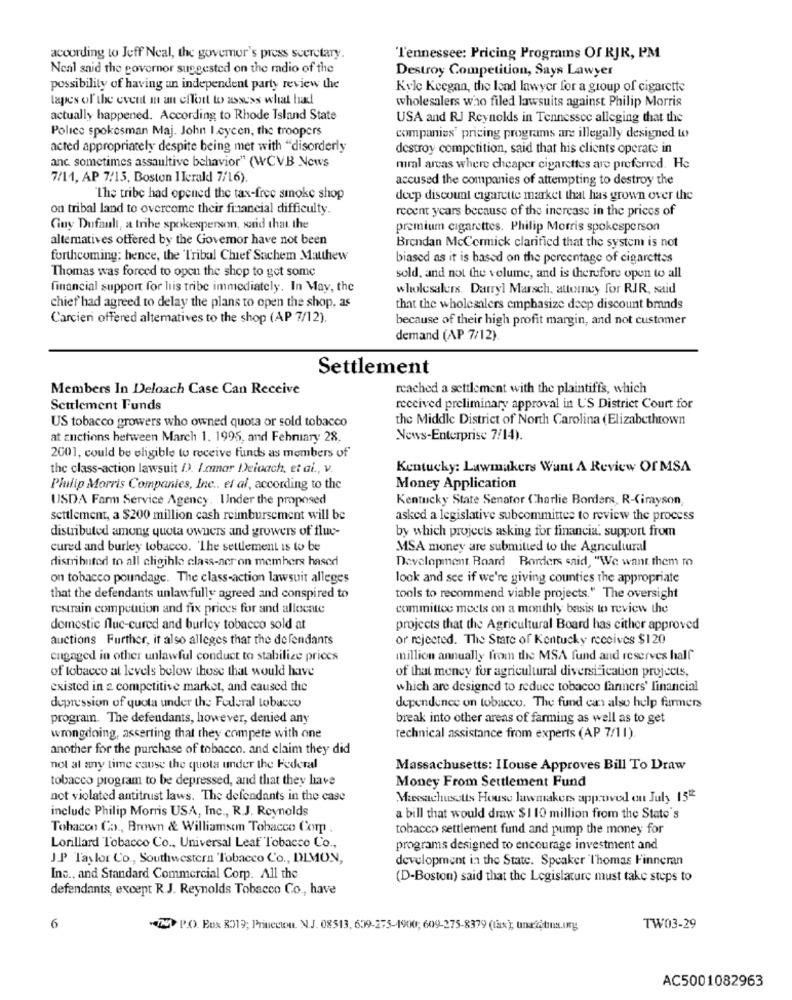
according to Jeff Neal, the governor's press secretary.
Tennessee: Pricing Programs Of RJR, PM
Neal said the governor suggested on the radio of the
Destroy Competition, Says Lawyer
possibility of having an independent party review the
Kyle Keegan, the lead lawyer for a group of cigarette
tapes of the event in an effort to assess what had
wholesalers who filed lawsuits against Philip Morris
actually happened. According to Rhode Island State
USA and RJ Reynolds in Tennessee alleging that the
Police spokesman Maj. John I.cycen, the troopers
companies' pricing programs are illegally designed to
acted appropriately despite being met with "disorderly
destroy competition, said that his clients operate in
anc. sometimes assaultive behavior" (WCVB News
rural areas where cheaper cigarettes are preferred. He
7/11, AP 7/15, Boston I lerald 7/16).
accused the companies of attempting to destroy the
The tribe had opened the tax-free smoke shop
deep discount cigarette market that has grown over the
on tribal land to overcome their financial difficulty.
recent years because of the increase in the prices of
Guy Dufault, a tribe spokesperson, said that the
premium cigarettes. Philip Morris spokesperson
alternatives offered by the Govemor have not been
Brendan McCormick clarified that the system is not
forthcoming; hence, the Tribal Chief Sachem Mauthew
biased as it is based on the percentage of cigarettes
Thomas was forced to open the shop to get some
sold, and not the volume, and is therefore open to all
financial support for his tribe immediately. In May, the
wholesalers. Darryl Marsch, attorney for RIR, said
chief had agreed to delay the plans to open the shop, as
that the wholesalers emphasize deep discount brands
Carcien offered altematives to the shop (AP 7/12).
because of their high profit margin, and not customer
demand (AP 7/12)
Settlement
Members In Deloach Case Can Receive
reached a settlement with the plaintiffs, which
Settlement Funds
received preliminary approval in U'S District Court for
US tobacco growers who owned quota or sold tobacco
the Middle District of North Carolina (Elizabethtown
at zuctions between March 1. 1995, and February 28.
News-Enterprise 7/14).
2001, could be eligible to receive funds as members of
the class-action lawsuit (). I.mnar Deicach, et al ., v.
Kentucky: Lawmakers Want A Review Of MSA
Plulip Morris Companies, Inc ., et al, according to the
Money Application
USDA Farm Service Agency. Under the proposed
Kentucky State Senator Charlie Borders, R-Cimyson,
settlement, a $200 million cash reimbursement will be
asked a legislative subcommittee to review the process
distributed among quota owners and growers of fluv-
by which projects asking for financia. support from
cured and burley tobacco. 'The settlement is to be
MSA money are submitted to the Agncultural
distributed to all cligihle class-ner on members hased
Development Board Borders said, "We want them to
on tobacco poundage. The class-action lawsuit alleges
look and see if we're giving counties the appropriate
that the defendants unlawfully agreed and conspired to
tools to recommend viable projects." The oversight
restrain competition and fix prices for and allocate
committee meets on a monthly basis to review the
domestic fluc-cured and burley tobacco sold at
projects that the Agricultural Board has cither approved
auctions Further, it also alleges that the defendants
or rejected. The State of Kentucky receives $120
engaged in other unlawful conduct to stabilize prices
million annually from the MSA fund and reserves hall
of tobacco at levels below those that would have
of that money for agricultural diversification projects,
existed in a competitive market, and caused the
which are designed to reduce tobacco farmers' financial
depression of quota under the Federal tobacco
dependence on tobacco. The fund can also help farmers
program. The defendants, however, denied any
break into other areas of farming as well as to get
wrongdoing, asserting that they compete with one
Technical assistance from experts (AP 7/11).
another for the purchase of tobacco. and claim they did
not at any time cause the quota under the Federal
Massachusetts: ILouse Approves Bill To Draw
tobacco program to be depressed, and that they have
Money From Settlement Fund
not violated antitrust laws. The defendants in the case
Massachusetts House lawmakers approved ou July 15tt
include Philip Morris USA, Inc ., R.J. Reynolds
a bill that would draw $1 10 million from the State's
Tobacco Co ., Brown & Williamsem Tobacco Com.
tobacco settlement fund and pump the money for
Lorillard Tobacco Co ., Universal Leaf Tobacco Co .,
programs designed to encourage investment and
J.P Taylor Co ., Southwestern 'Tobacco Co ., DIMON,
development in the State. Speaker Thomas Finneran
Inc ., and Standard Commercial Corp. All the
(D-Boston) said that the Legislature must take steps to
defendants, except R .J. Reynolds Tobacco Co ., have
6
" P.O. Box R319; Princeton. N.J. 08513, 639-275-1900; 609-275-8379 (tax), una ótima.org
TW03-29
AC5001082963